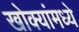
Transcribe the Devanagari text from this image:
खोक्यांमध्ये